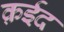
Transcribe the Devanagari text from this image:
क़ईद